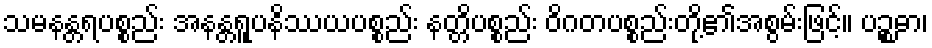
သမနန္တရပစ္စည်း အနန္တရူပနိဿယပစ္စည်း နတ္တိပစ္စည်း ဝိဂတပစ္စည်းတို့၏အစွမ်းဖြင့်။ ပဉ္စဓာ၊